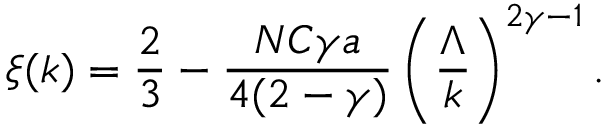
\xi ( k ) = \frac { 2 } { 3 } - \frac { N C \gamma a } { 4 ( 2 - \gamma ) } \left( \frac { \Lambda } { k } \right) ^ { 2 \gamma - 1 } .